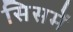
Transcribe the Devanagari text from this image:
सिसमें